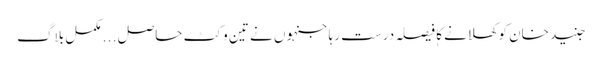
جنید خان کوکھلانے کا فیصلہ درست رہا جنہوں نے تین وکٹ حاصل . . . مکمل بلاگ